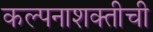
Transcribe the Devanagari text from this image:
कल्पनाशक्तीची